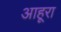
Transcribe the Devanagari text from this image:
आहूरा